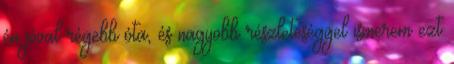
én jóval régebb óta, és nagyobb részleteséggel ismerem ezt